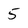
Character: 5